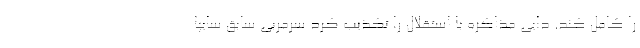
را کامل کند. دایی مذاکره با استقلال را تکذیب کرد سرمربی سابق سایپا